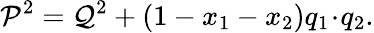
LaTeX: {\cal P}^{2}={\cal Q}^{2}+(1-x_{1}-x_{2})q_{1}\! \cdot\! q_{2}.